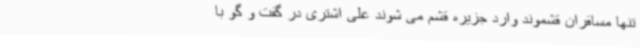
تنها مسافران قشموند وارد جزیره قشم می شوند علی اشتری در گفت و گو با